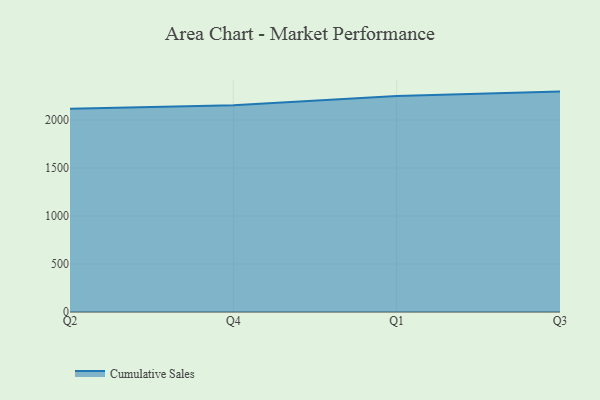
{"axis": {"x": "Quarter", "y": "Headcount"}, "legend": ["Cumulative Sales"], "data": [{"x": "Q2", "y": 2117.0, "type": "Cumulative Sales"}, {"x": "Q4", "y": 2153.7, "type": "Cumulative Sales"}, {"x": "Q1", "y": 2250.4, "type": "Cumulative Sales"}, {"x": "Q3", "y": 2295.9, "type": "Cumulative Sales"}]}